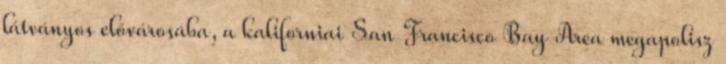
látványos elővárosába, a kaliforniai San Francisco Bay Area megapolisz